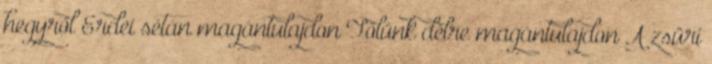
hegyről Erdei sétán magántulajdon Tőlünk délre magántulajdon A zsüri